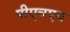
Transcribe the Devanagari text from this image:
पीएचएच